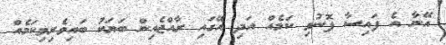
އޭނާ އެ ފައިސާ ފޮނުވި ކަމެއް އަދި އޭގައި ރާއްޖެއިން ބަޔަކު ބައިވެރިވިކަމެއް